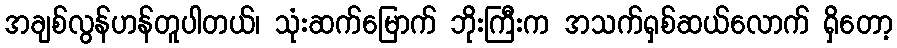
အချစ်လွန်ဟန်တူပါတယ်၊ သုံးဆက်မြောက် ဘိုးကြီးက အသက်ရှစ်ဆယ်လောက် ရှိတော့